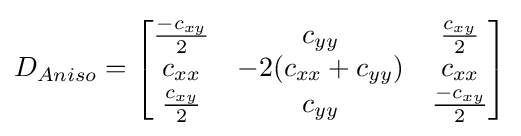
D_{Aniso}={\begin{bmatrix}{\frac {-c_{xy}}{2}}&c_{yy}&{\frac {c_{xy}}{2}}\\c_{xx}&-2(c_{xx}+c_{yy})&c_{xx}\\{\frac {c_{xy}}{2}}&c_{yy}&{\frac {-c_{xy}}{2}}\end{bmatrix}}